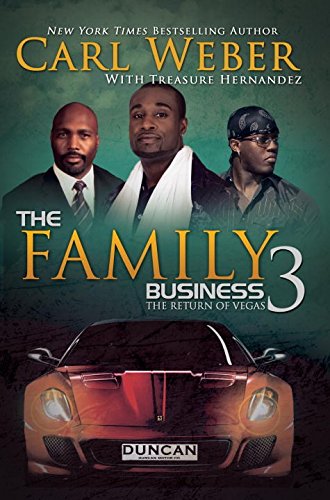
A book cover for The Family Business 3 (Family Business Novels); Carl Weber; Literature & Fiction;